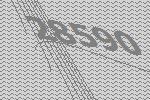
28590